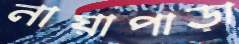
নায়াপাড়া